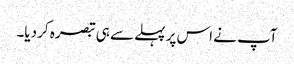
آپ نے اس پر پہلے سے ہی تبصرہ کر دیا۔